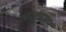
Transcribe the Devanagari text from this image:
आजादनगर